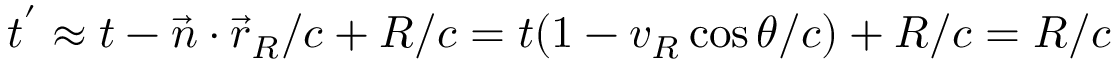
t ^ { ' } \approx t - \vec { n } \cdot \vec { r } _ { R } / c + R / c = t ( 1 - v _ { R } \cos \theta / c ) + R / c = R / c